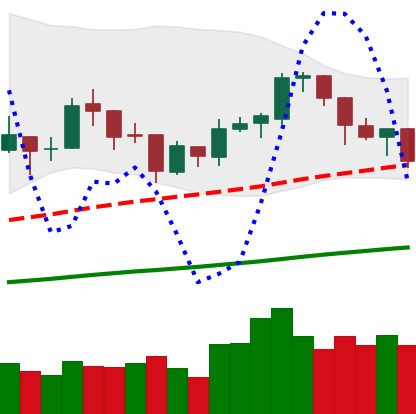
Ticker: BTC-USD
Chart end date: 2018-01-11
Forward return: -14.287%
Label: down_7plus